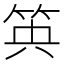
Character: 𥬺